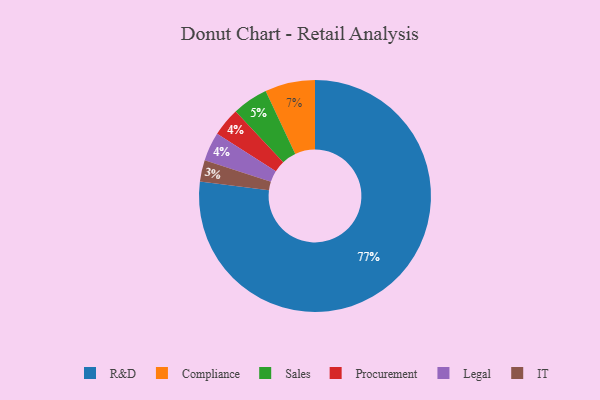
{"axis": {"x": "Category", "y": "Percentage"}, "legend": ["Compliance", "IT", "Legal", "Procurement", "R&D", "Sales"], "data": [{"x": "R&D", "y": 77, "type": "R&D"}, {"x": "Procurement", "y": 4, "type": "Procurement"}, {"x": "Sales", "y": 5, "type": "Sales"}, {"x": "Legal", "y": 4, "type": "Legal"}, {"x": "Compliance", "y": 7, "type": "Compliance"}, {"x": "IT", "y": 3, "type": "IT"}]}